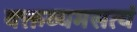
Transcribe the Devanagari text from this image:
वक्तव्यमसत्यं